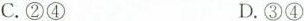
C.②④ D.③④